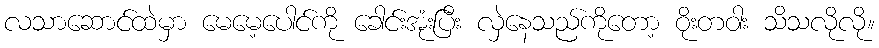
လသာဆောင်ထဲမှာ မေမေ့ပေါင်ကို ခေါင်းအုံးပြီး လှဲနေသည်ကိုတော့ ဝိုးတဝါး သိသလိုလို။